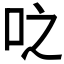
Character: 𫩝